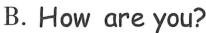
B. How are you?